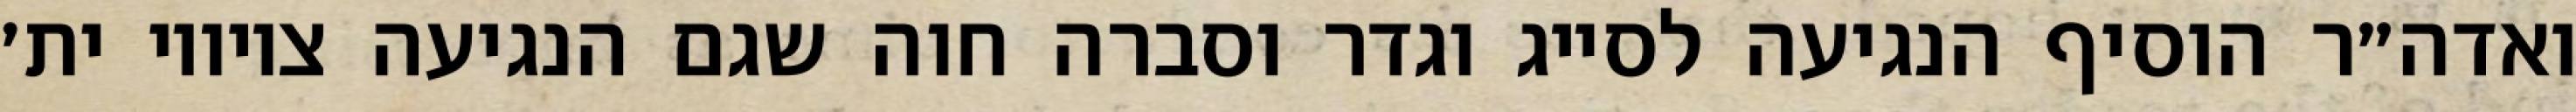
ואדה״ר הוסיף הנגיעה לסייג וגדר וסברה חוה שגם הנגיעה ציוויו ית׳